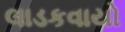
લાડકવાયો